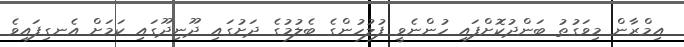
އިމްރާން މިވަގުތު ބަންދުކޮށްފައި ހުންނެވީ ފުލުހުންގެ ބެލުމުގެ ދަށުގައި ދޫނިދޫގައި ކަމަށް އެނގިފައިވެ